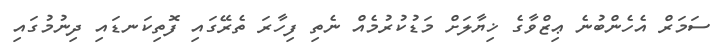
ސަމަރް އެހެންބުނެ ޢިޒްވާގެ ޚިޔާލަށް މަޑުކުރުމެއް ނެތި ފިހާރަ ތެރޭގައި ފޮތިކަނޑައި ދިނުމުގައި